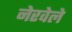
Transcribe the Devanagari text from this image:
नेरवेले